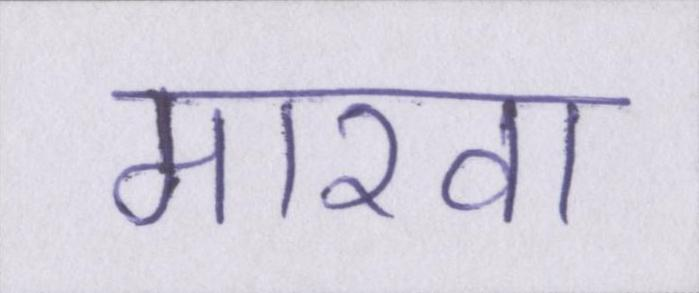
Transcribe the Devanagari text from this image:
मारवा